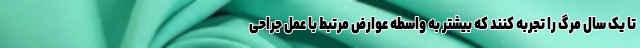
تا یک سال مرگ را تجربه کنند که بیشتر به واسطه عوارض مرتبط با عمل جراحی